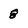
Character: 8